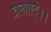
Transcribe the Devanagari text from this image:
व्रत्यादि।।